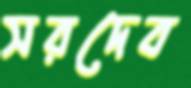
সরদেব